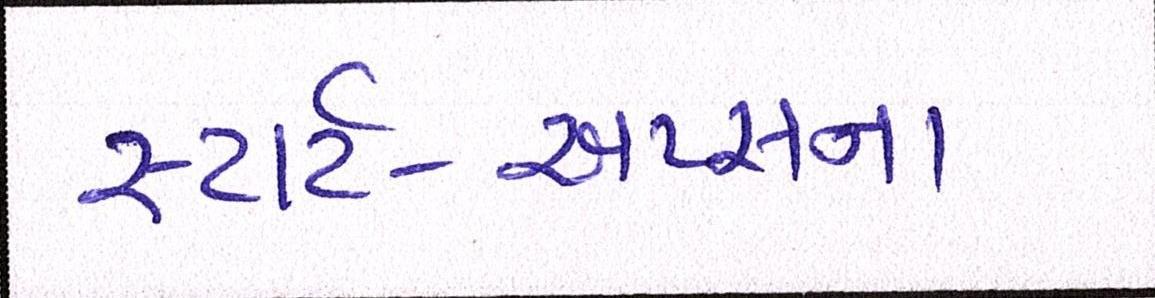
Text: સ્ટાર્ટ-અપ્સના